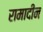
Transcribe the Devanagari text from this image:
रामादीन